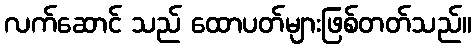
လက်ဆောင် သည် ထောပတ်များဖြစ်တတ်သည်။